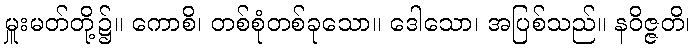
မှူးမတ်တို့၌။ ကောစိ၊ တစ်စုံတစ်ခုသော။ ဒေါသော၊ အပြစ်သည်။ နဝိဇ္ဇတိ၊